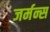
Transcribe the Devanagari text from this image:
जर्मन्स